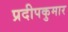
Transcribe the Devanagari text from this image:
प्रदीपकुमार